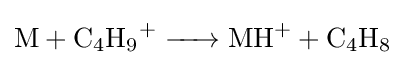
{\ce {M + C4H9^+ -> MH^+ + C4H8}}